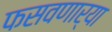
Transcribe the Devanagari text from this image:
फसवणार्‍या